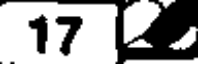
17